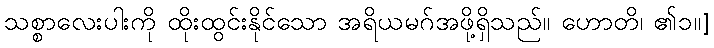
သစ္စာလေးပါးကို ထိုးထွင်းနိုင်သော အရိယမဂ်အဖို့ရှိသည်။ ဟောတိ၊ ၏၁။]